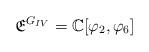
LaTeX: \begin{align*}\mathfrak{E}^{G_{IV}} = \mathbb{C}[\varphi_2, \varphi_{6}]\end{align*}